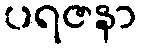
ပရဇနာ